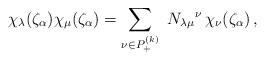
LaTeX: \begin{align*} \chi_\lambda(\zeta_\alpha) \chi_\mu(\zeta_\alpha) = \sum_{\nu\in P_+^{(k)}} \ N_{\lambda\mu}{}^\nu\, \chi_\nu(\zeta_\alpha) \,,\end{align*}